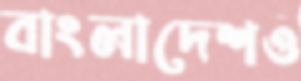
বাংলাদেশও